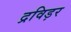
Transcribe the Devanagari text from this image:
द्रविड़र